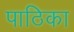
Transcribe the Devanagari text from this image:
पाठिका